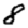
Digit: 8